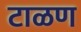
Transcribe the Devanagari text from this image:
टाळण